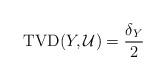
LaTeX: \begin{align*}\mathrm{TVD}(Y, \mathcal{U})& = \frac{\delta_Y}{2}\end{align*}